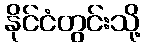
နိုင်ငံတွင်းသို့